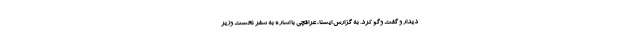
دیدار و گفت وگو کرد. به گزارش ایسنا، عراقچی با اشاره به سفر نخست وزیر